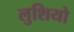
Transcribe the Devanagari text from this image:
लुशियो